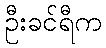
ဦးခင်ရီက